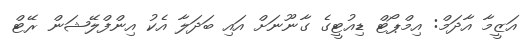
އަޒީމާ އާދަމް: އިމްޕޯޓް ޑިއުޓީގެ ގާނޫނަށް އައި ބަދަލާ އެކު އިންފްލޭޝަން ރޭޓް